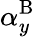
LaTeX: \alpha_{y}^{\mathrm{B}}